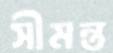
সীমন্ত